Vaccination report Assam 1896-1927 - 1896-1927
Year: 1896
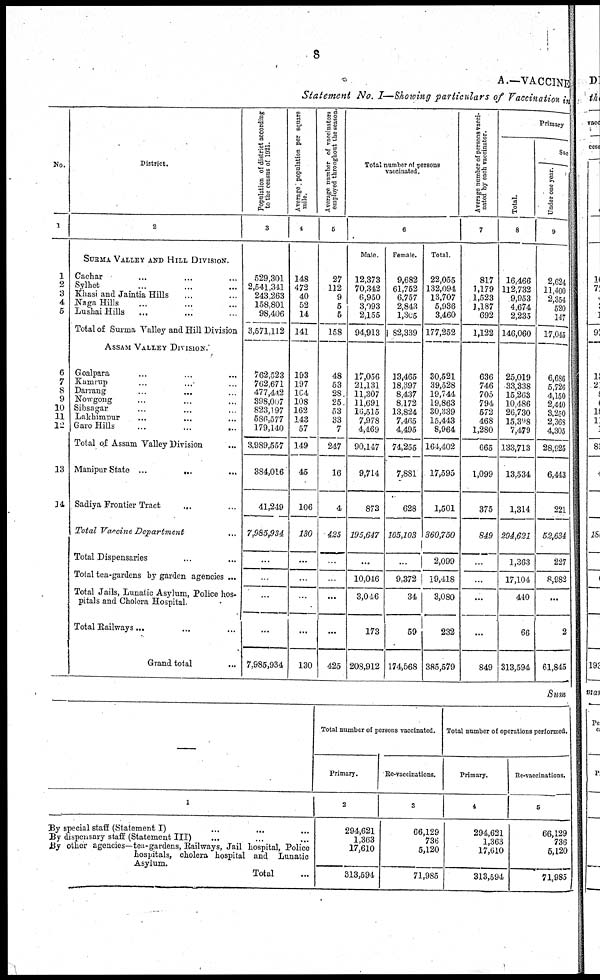
8
A.—VACCINE
Statement No. I—Showing particulars of Vaccination in
No.
1
1
2
3
4
5
6
7
8
9
10
11
12
13
14
District.
2
STOMA VALLEY AND HILL DIVISION.
Cachar ... ... ...
Sylhet ... ... ...
Khasi and Jaintia Hills ... ...
Naga Hills ... ... ...
Lushai Hills ... ... ...
Total of Surma Valley and Hill Division
ASSAM VALLEY DIVISION.
Goalpara ... ... ...
Kamrup ... ... ...
Darrang ... ... ...
Nowgong ... ... ...
Sibsagar ... ... ...
Lakhimpur ... ... ...
Garo Hills
...
...
...
Total of Assam Valley Division ...
Manipur State ... ... ...
Sadiya Frontier Tract ... ... ...
Total Vaccine Department ...
Total Dispensaries ... ... ...
Total tea-gardens by garden agencies ...
Total Jails, Lunatic Asylum, Police hos-
pitals and Cholera Hospital.
Total Railways... ... ...
Grand total ...
Population of district according
to the census of 1921.
3
529,301
2,541,341
243,263
158,801
98,406
3,571,112
762,523
762,671
477,442
398,007
823,197
586,577
179,140
3,989,557
384,016
41,249
7,985,934
...
...
...
...
7,985,934
Average population per square
mile.
4
148
472
40
52
14
141
193
197
164
108
162
143
57
149
45
106
130
...
...
...
...
130
Average number of vaccinators
employed throughout the season.
5
27
112
9
5
5
158
48
53
28
25
53
33
7
247
16
4
425
...
...
...
...
425
Total number of persons
vaccinated.
6
Male.
12,373
70,342
6,950
3,093
2,155
94,913
17,056
21,131
11,307
11,691
16,515
7,978
4,469
90,147
9,714
873
195,647
...
10,046
3,046
173
208,912
Female.
9,682
61,752
6,757
2,843
l,305
82,339
13,465
18,397
8,437
8,172
13,824
7,465
4,495
74,255
7,881
628
165,103
...
9,372
34
59
174,568
Total.
22,055
132,094
13,707
5,936
3,460
177,252
30,521
39,528
19,744
19,863
30,339
15,443
8,964
164,402
17,595
1,501
360,750
2,099
19,418
3,080
232
385,579
Average number of persons vacci-
nated by each vaccinator.
7
817
1,179
1,523
1,187
692
1,122
636
746
705
794
572
468
1,280
665
1,099
375
849
...
...
...
...
849
Primary
Total.
8
16,466
112,732
9,953
4,674
2,235
146,060
25,019
33,338
15,263
10,486
26,730
15,398
7,479
133,713
13,534
1,314
294,621
1,363
17,104
440
66
313,594
Suc
Under one year.
9
2,624
11,400
2,354
520
147
17,045
6,686
5,726
4,150
2,440
3,250
2,368
4,305
28,925
6,443
221
52,634
227
8,982
...
2
61,845
Sum
—
1
By special staff (Statement I) ... ... ...
By dispensary staff (Statement III) ... ... ...
By other agencies—tea-gardens, Railways, Jail hospital, Police
hospitals, cholera hospital and Lunatic
Asylum.
Total ...
Total number of persons vaccinated.
Primary.
2
294,621
1,363
17,610
313,594
Re-vaccinations.
3
66,129
736
5,120
71,985
Total number of operations performed.
Primary.
4
294,621
1,363
17,610
313,594
Re-vaccinations.
5
66,129
736
5,120
71,985